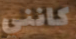
كانني